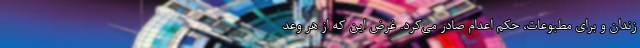
زندان و برای مطبوعات، حکم اعدام صادر می‌کرد. غرض این که از هر وعد